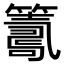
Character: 𥵽